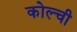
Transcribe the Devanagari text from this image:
कोल्ची